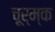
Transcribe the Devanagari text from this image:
चूर्म्क